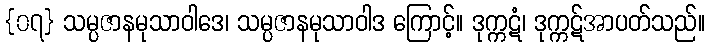
{၀၇} သမ္ပဇာနမုသာဝါဒေ၊ သမ္ပဇာနမုသာဝါဒ ကြောင့်။ ဒုက္ကဋံ၊ ဒုက္ကဋ်အာပတ်သည်။